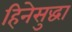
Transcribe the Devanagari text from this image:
हिनेसुद्धा